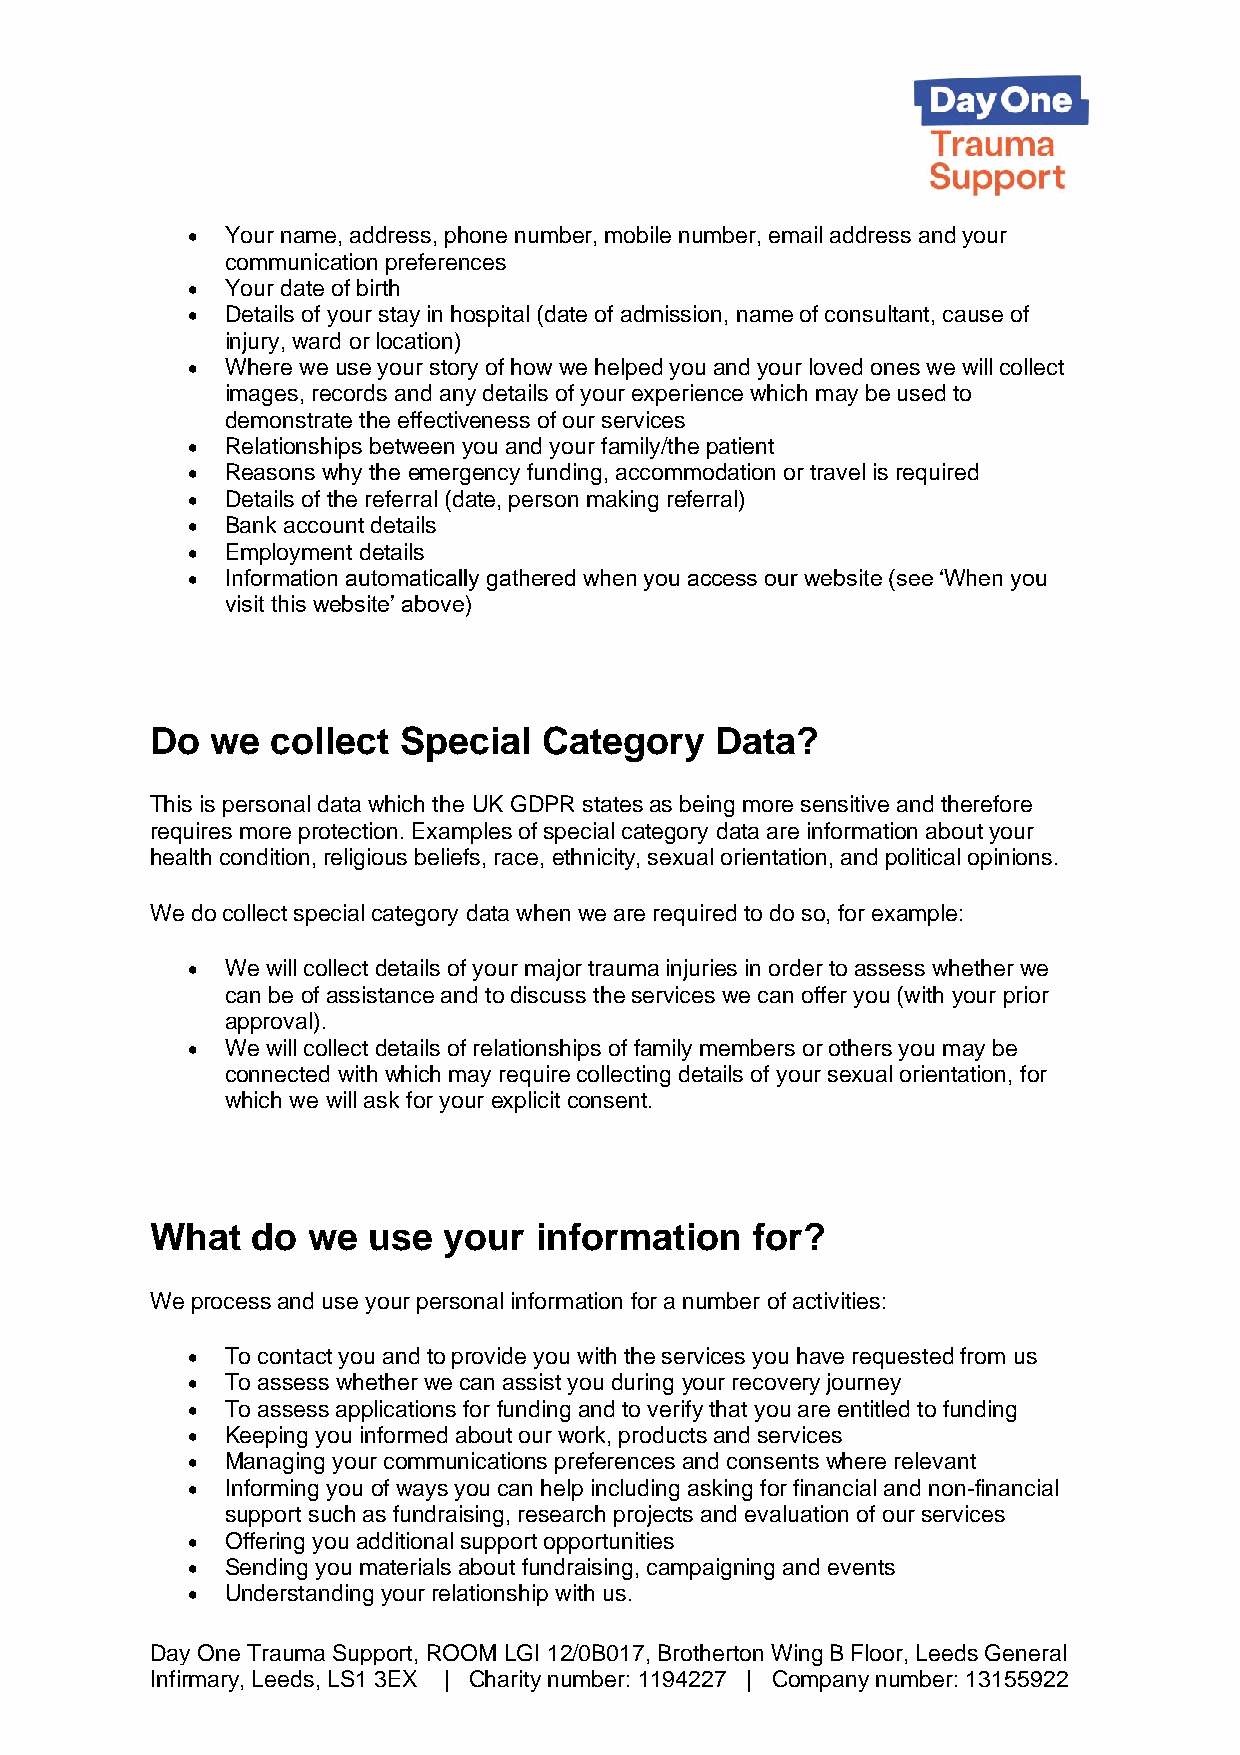
•  Your name, address, phone number, mobile number, email address and your
 communication preferences
 •  Your date of birth
 •  Details of your stay in hospital (date of admission, name of consultant, cause of
 injury, ward or location)
 •  Where we use your story of how we helped you and your loved ones we will collect
 images, records and any details of your experience which may be used to
 demonstrate the effectiveness of our services
 •  Relationships between you and your family/the patient
 •  Reasons why the emergency funding, accommodation or travel is required
 •  Details of the referral (date, person making referral)
 •  Bank account details
 •  Employment details
 •  Information automatically gathered when you access our website (see ‘When you
 visit this website’ above)
 Do  we  collect Special   Category   Data?
 This is personal data which the UK GDPR states as being more sensitive and therefore
 requires more protection. Examples of special category data are information about your
 health condition, religious beliefs, race, ethnicity, sexual orientation, and political opinions.
 We do collect special category data when we are required to do so, for example:
 •  We will collect details of your major trauma injuries in order to assess whether we
 can be of assistance and to discuss the services we can offer you (with your prior
 approval).
 •  We will collect details of relationships of family members or others you may be
 connected with which may require collecting details of your sexual orientation, for
 which we will ask for your explicit consent.
 What   do we  use  your  information    for?
 We process and use your personal information for a number of activities:
 •  To contact you and to provide you with the services you have requested from us
 •  To assess whether we can assist you during your recovery journey
 •  To assess applications for funding and to verify that you are entitled to funding
 •  Keeping you informed about our work, products and services
 •  Managing your communications preferences and consents where relevant
 •  Informing you of ways you can help including asking for financial and non-financial
 support such as fundraising, research projects and evaluation of our services
 •  Offering you additional support opportunities
 •  Sending you materials about fundraising, campaigning and events
 •  Understanding your relationship with us.
 Day One Trauma Support, ROOM LGI 12/0B017, Brotherton Wing B Floor, Leeds General
 Infirmary, Leeds, LS1 3EX | Charity number: 1194227 | Company number: 13155922